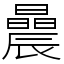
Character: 曟